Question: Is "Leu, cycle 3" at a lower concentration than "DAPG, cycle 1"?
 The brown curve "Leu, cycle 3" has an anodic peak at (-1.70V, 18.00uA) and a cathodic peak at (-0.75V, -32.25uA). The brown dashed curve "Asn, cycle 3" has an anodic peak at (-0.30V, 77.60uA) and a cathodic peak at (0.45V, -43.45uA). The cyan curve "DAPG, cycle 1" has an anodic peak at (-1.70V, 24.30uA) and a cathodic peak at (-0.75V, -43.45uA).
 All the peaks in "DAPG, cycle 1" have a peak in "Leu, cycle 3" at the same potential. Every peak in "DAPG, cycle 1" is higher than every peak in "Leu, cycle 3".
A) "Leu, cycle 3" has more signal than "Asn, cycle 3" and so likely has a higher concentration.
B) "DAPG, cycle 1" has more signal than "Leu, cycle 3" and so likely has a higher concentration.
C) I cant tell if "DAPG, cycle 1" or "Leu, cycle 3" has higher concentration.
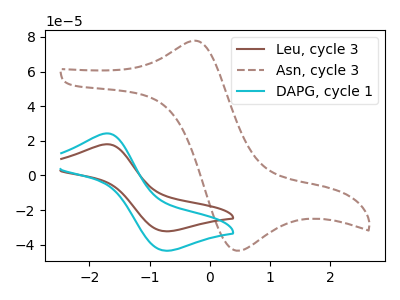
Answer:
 <answer>B) "DAPG, cycle 1" has more signal than "Leu, cycle 3" and so likely has a higher concentration.</answer>
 <eval>B</eval>